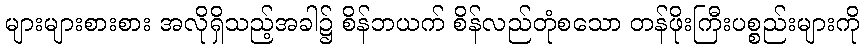
များများစားစား အလိုရှိသည့်အခါ၌ စိန်ဘယက် စိန်လည်တုံစသော တန်ဖိုးကြီးပစ္စည်းများကို